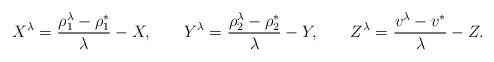
LaTeX: \begin{align*} X^\lambda = \ & \frac{\rho_1^\lambda - \rho_1^*}{\lambda} - X, & Y^\lambda = \ & \frac{\rho_2^\lambda - \rho_2^*}{\lambda} - Y, & Z^\lambda = \ & \frac{v^\lambda - v^*}{\lambda} - Z. \end{align*}